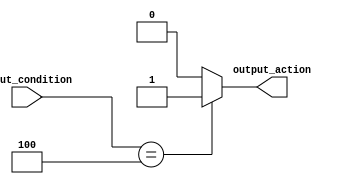
module priority_logic (
    input wire [2:0] input_condition,
    output reg output_action
);

always @* begin
    case(input_condition)
        3'b100: output_action = 1; // Highest priority condition
        3'b010: output_action = 0; // Second highest priority condition
        3'b001: output_action = 0; // Lowest priority condition
        default: output_action = 0; // Default action if no conditions match
    endcase
end

endmodule